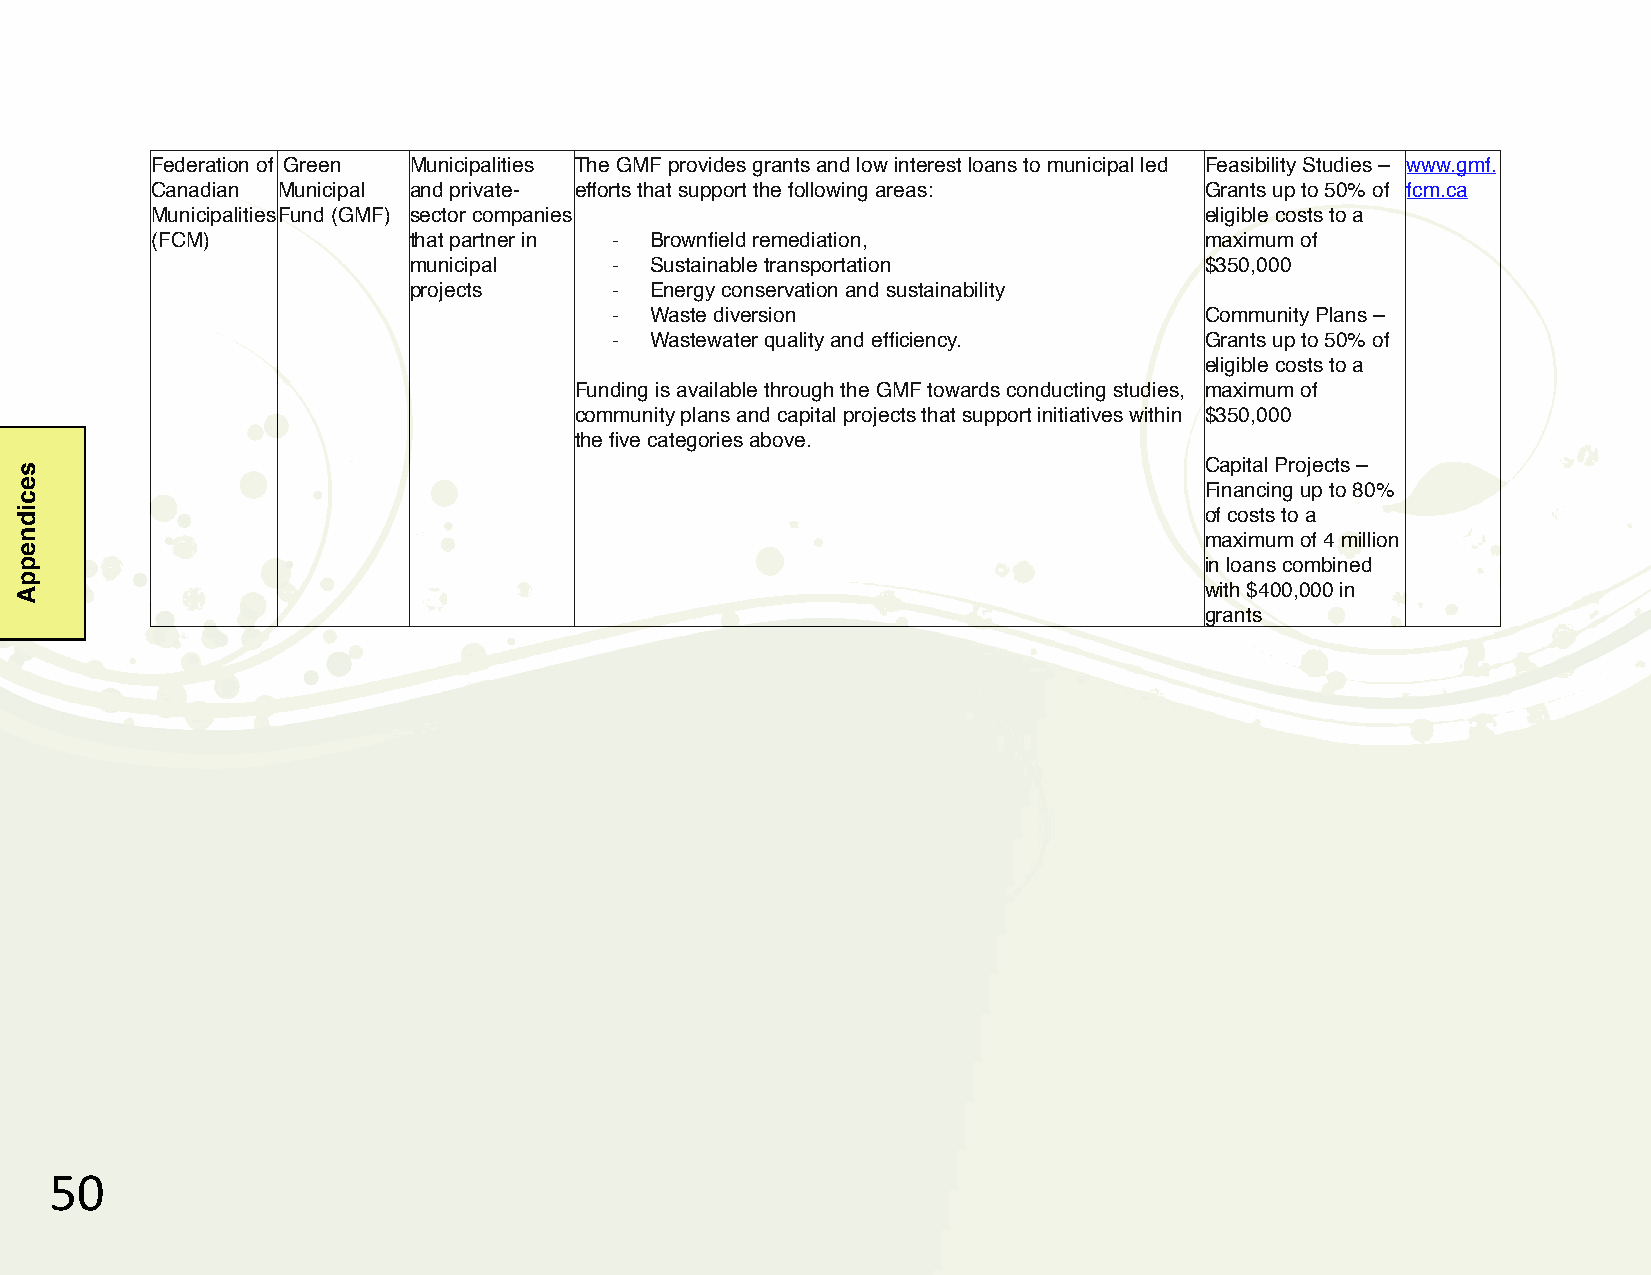
Federation of Green Municipalities The GMF provides grants and low interest loans to municipal led Feasibility Studies – www.gmf.
 Canadian Municipal and private- efforts that support the following areas: Grants up to 50% of fcm.ca
 Municipalities Fund (GMF) sector companies                            eligible costs to a
 (FCM)            that partner in # Brownfield remediation,            maximum of
 municipal     # Sustainable transportation           $350,000
 projects      # Energy conservation and sustainability
 # Waste diversion                      Community Plans –
 # Wastewater quality and efficiency.   Grants up to 50% of
 eligible costs to a
 Funding is available through the GMF towards conducting studies, maximum of
 community plans and capital projects that support initiatives within $350,000
 the five categories above.
 Capital Projects –
 Financing up to 80%
 of costs to a
 maximum of 4 million
 in loans combined
 with $400,000 in
 grants
 &+
 secidneppA